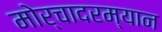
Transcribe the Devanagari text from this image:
मोर्चादरम्यान